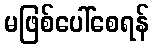
မဖြစ်ပေါ်စေရန်